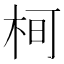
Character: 𭩵